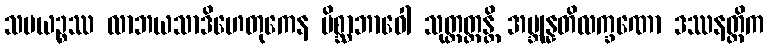
သမယဉ္စဿ လာဘယသာဒိဟေတုကေန မိစ္ဆာဘာဝေါ သုတ္တတ္ထန္တိ အဗ္ဘုန္နတိလက္ခဏော ဒဿနတ္တိက